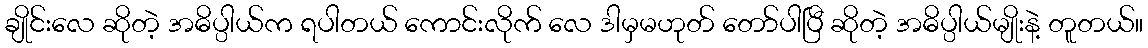
ချိုင်းလေ ဆိုတဲ့ အဓိပ္ပါယ်က ရပါတယ် ကောင်းလိုက် လေ ဒါမှမဟုတ် တော်ပါပြီ ဆိုတဲ့ အဓိပ္ပါယ်မျိုးနဲ့ တူတယ်။